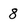
Character: 8